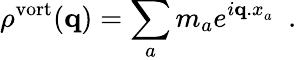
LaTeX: \rho^{\mathrm{vort}}({\mathbf q})=\sum_{a}m_{a}e^{i{\mathbf q.x}_{a}}\, \, \, .